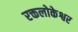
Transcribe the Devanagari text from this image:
रक्तलोकेश्वर